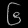
Digit: ၆